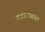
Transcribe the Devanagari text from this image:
वटाटाबाडा